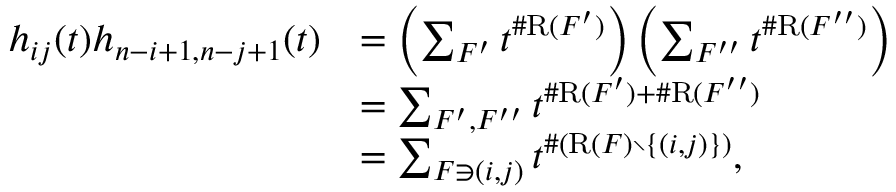
\begin{array} { r l } { h _ { i j } ( t ) h _ { n - i + 1 , n - j + 1 } ( t ) } & { = \left( \sum _ { F ^ { \prime } } t ^ { \# \mathrm { R } ( F ^ { \prime } ) } \right) \left( \sum _ { F ^ { \prime \prime } } t ^ { \# \mathrm { R } ( F ^ { \prime \prime } ) } \right) } \\ & { = \sum _ { F ^ { \prime } , F ^ { \prime \prime } } t ^ { \# \mathrm { R } ( F ^ { \prime } ) + \# \mathrm { R } ( F ^ { \prime \prime } ) } } \\ & { = \sum _ { F \ni ( i , j ) } t ^ { \# ( \mathrm { R } ( F ) \setminus \{ ( i , j ) \} ) } , } \end{array}